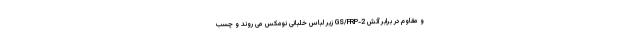
و مقاوم در برابر آتش GS/FRP-2 زیر لباس خلبانی نومکس می روند و چسب